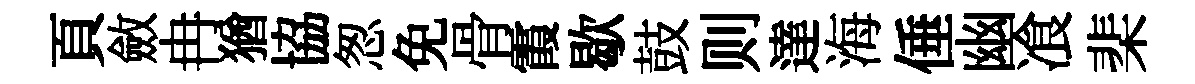
頁斂冉猶協怱免骨霞歇鼓则達海倕幽飡棐